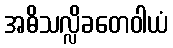
အဓိသလ္လိခတေဝါယံ